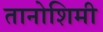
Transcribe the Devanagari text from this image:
तानोशिमी